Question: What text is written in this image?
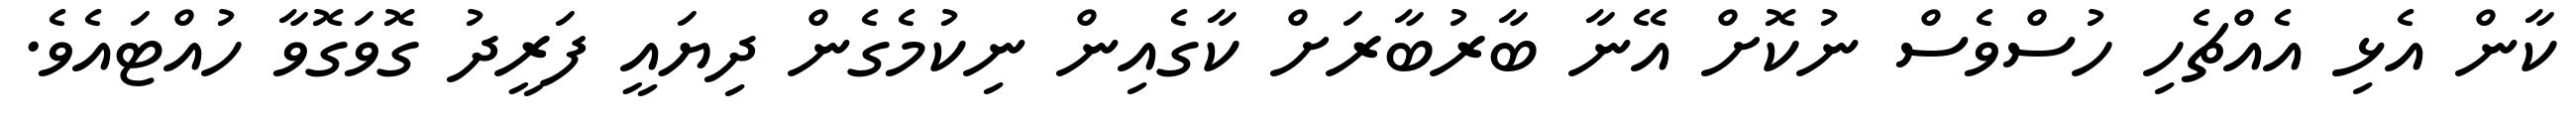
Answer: ކާން އެޅި އެއްޗެހި ހުސްވެސް ނުކޮށް އޭނާ ބާރުބާރަށް ކާގެއިން ނިކުމެގެން ދިޔައީ ފަރީދު ގޮވަގޮވާ ހުއްޓައެވެ.